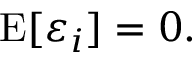
\operatorname { E } [ \varepsilon _ { i } ] = 0 .